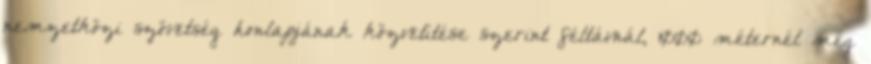
nemzetközi szövetség honlapjának közvetítése szerint féltávnál, 1000 méternél még